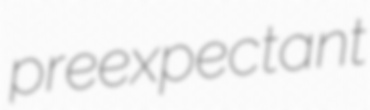
preexpectant